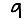
Digit: 9